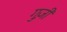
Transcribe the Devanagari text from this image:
गुज़ी